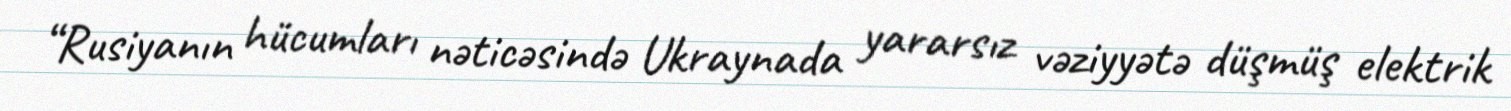
“Rusiyanın hücumları nəticəsində Ukraynada yararsız vəziyyətə düşmüş elektrik